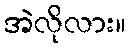
အဲလိုလား။